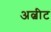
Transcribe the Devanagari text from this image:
अल्बीट